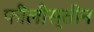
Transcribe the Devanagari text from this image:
फीलीस्तीन